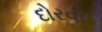
દોરવી